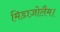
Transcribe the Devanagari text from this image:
मिडाज़ोलैम।